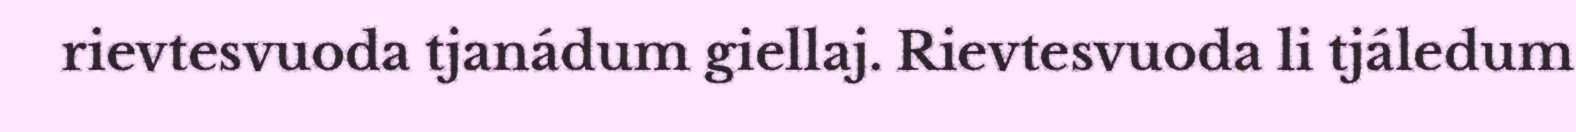
rievtesvuoda tjanádum giellaj. Rievtesvuoda li tjáledum